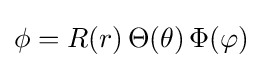
\phi =R(r)\,\Theta (\theta )\,\Phi (\varphi )